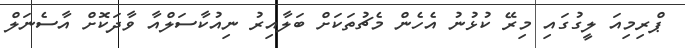
ޕްރިމިއަ ލީގުގައި މިރޭ ކުޅުނު އެހެން މެޗުތަކަށް ބަލާއިރު ނިއުކާސަލްއާ ވާދަކޮށް އާސެނަލް